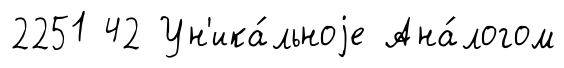
2251 42 Ун'ика́льноjе Ана́логом